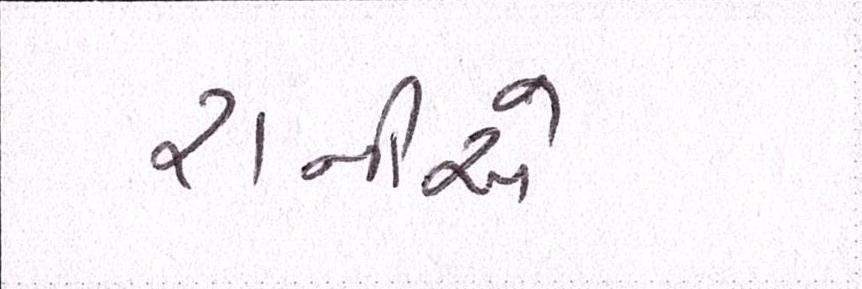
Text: રાનીએ